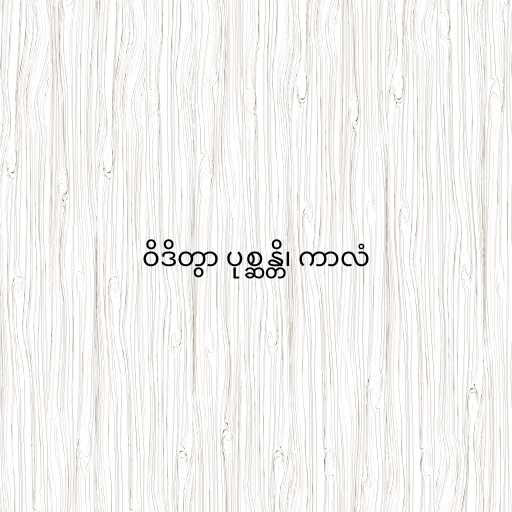
ဝိဒိတွာ ပုစ္ဆန္တိ၊ ကာလံ